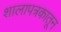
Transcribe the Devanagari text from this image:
शालापत्रकातून